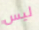
ليس